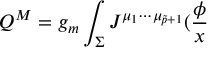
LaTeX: Q ^ { M } = g _ { m } \int _ { \Sigma } J ^ { \mu _ { 1 } \cdots \mu _ { \tilde { p } + 1 } } ( \frac \phi x